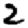
Digit: 2